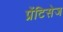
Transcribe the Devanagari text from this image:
प्रेंटिसेज